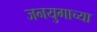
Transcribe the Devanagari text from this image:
जनयुगाच्या